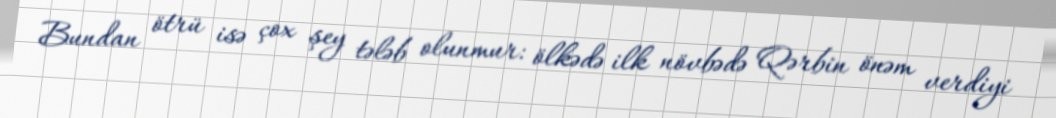
Bundan ötrü isə çox şey tələb olunmur: ölkədə ilk növbədə Qərbin önəm verdiyi